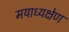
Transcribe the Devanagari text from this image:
मयाध्यक्षेण